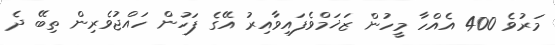
މަރުވެ 400 އެއްހާ މީހުން ޒަޚަމްވެފައިވާއިރު އޭގެ ފަހުން ހައްޖުވެރިން ތިބޭ ދެ